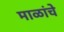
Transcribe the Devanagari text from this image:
माळांचे